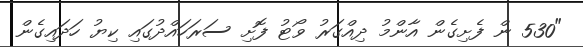
"530 ން ފެށިގެން އާންމު ދިއްގަރު ވޯޓު ފޮށި ސަރަހައްދުގައި ކިޔު ހަދައިގެން